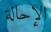
الإحالة